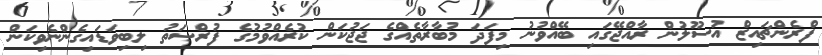
ފްރެންޗައިޒް އުސޫލުން ރާއްޖޭގައި ބޭއްވުނު މިފަދަ މުބާރާތެއްގެ ޖަޖުކަން ކުރެއްވުމުގެ ފުރްޞަތު ލިބިވަޑައިގެންނެވިކަން